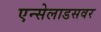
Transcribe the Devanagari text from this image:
एन्सेलाडसवर